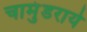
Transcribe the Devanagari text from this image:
चामुंडराये